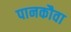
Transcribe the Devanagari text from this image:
पानकौवा